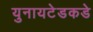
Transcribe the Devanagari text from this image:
युनायटेडकडे